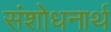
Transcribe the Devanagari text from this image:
संशोधनार्थ